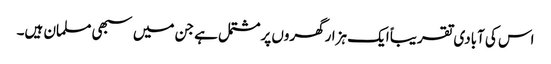
اس کی آبادی تقریباً ایک ہزارگھروں پرمشتمل ہے جن میں سبھی مسلمان ہیں۔